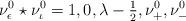
LaTeX: \begin{align*}\nu^{0}_\epsilon \star \nu^{0}_\iota = 1, 0, \lambda - \tfrac{1}{2}, \nu^{0}_+, \nu^{0}_-\end{align*}